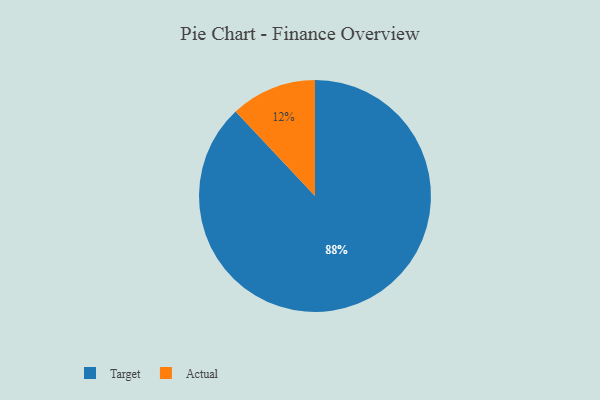
{"axis": {"x": "Category", "y": "Percentage"}, "legend": ["Actual", "Target"], "data": [{"x": "Target", "y": 88, "type": "Target"}, {"x": "Actual", "y": 12, "type": "Actual"}]}